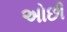
અોછી